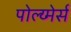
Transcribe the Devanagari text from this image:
पोल्य्मेर्स